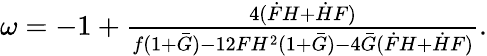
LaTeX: \begin{array}{r}{\omega=-1+\frac{4(\dot{F}H+\dot{H}F)}{f(1+\bar{G})-12FH^{2}(1+\bar{G})-4\bar{G}(\dot{F}H+\dot{H}F)}.}\end{array}